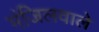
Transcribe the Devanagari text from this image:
मंजिलवाले